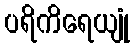
ပရိကိရေယျုံ